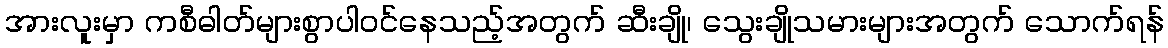
အားလူးမှာ ကစီဓါတ်များစွာပါဝင်နေသည့်အတွက် ဆီးချို၊ သွေးချိုသမားများအတွက် သောက်ရန်